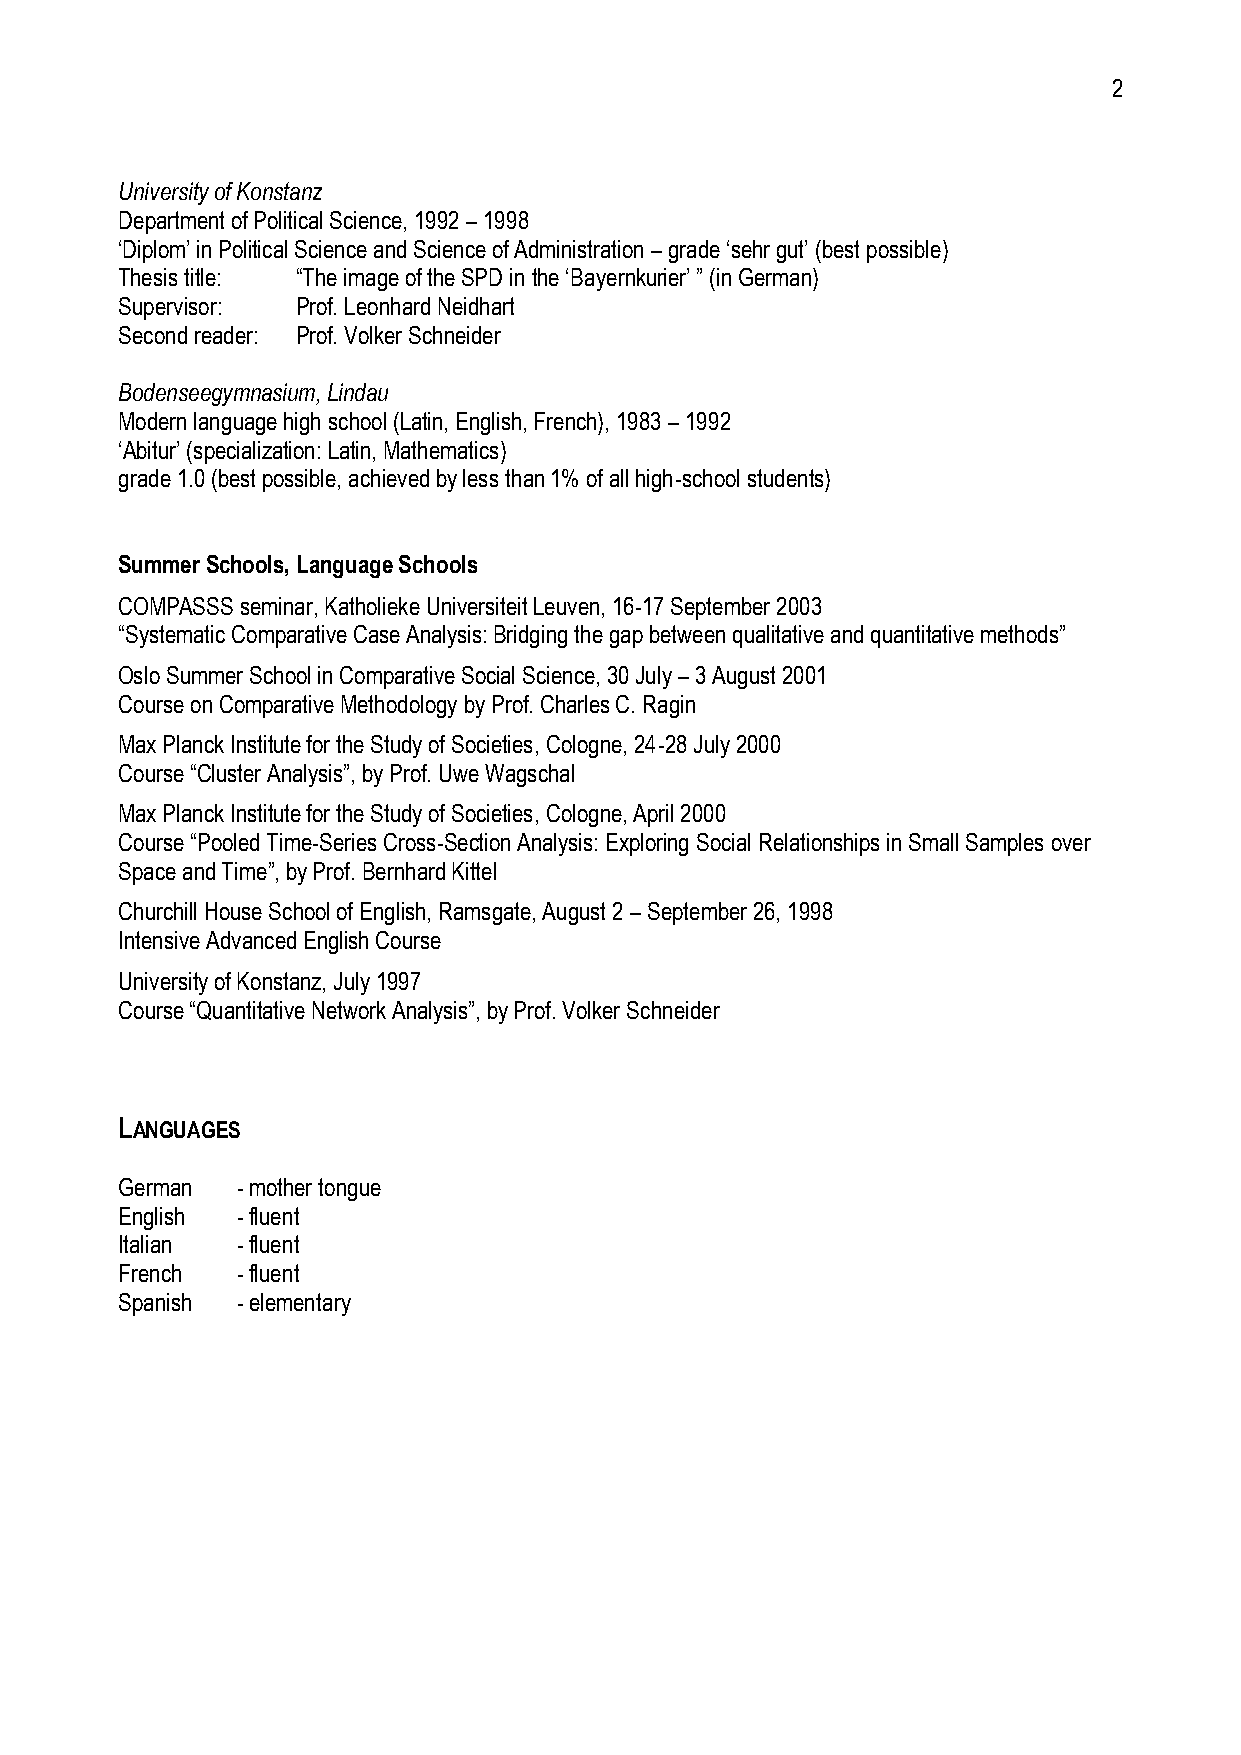
2
 University of Konstanz
 Department of Political Science, 1992 – 1998
 ‘Diplom’ in Political Science and Science of Administration – grade ‘sehr gut’ (best possible)
 Thesis title: “The image of the SPD in the ‘Bayernkurier’ ” (in German)
 Supervisor: Prof. Leonhard Neidhart
 Second reader: Prof. Volker Schneider
 Bodenseegymnasium, Lindau
 Modern language high school (Latin, English, French), 1983 – 1992
 ‘Abitur’ (specialization: Latin, Mathematics)
 grade 1.0 (best possible, achieved by less than 1% of all high-school students)
 Summer Schools, Language Schools
 COMPASSS seminar, Katholieke Universiteit Leuven, 16-17 September 2003
 “Systematic Comparative Case Analysis: Bridging the gap between qualitative and quantitative methods”
 Oslo Summer School in Comparative Social Science, 30 July – 3 August 2001
 Course on Comparative Methodology by Prof. Charles C. Ragin
 Max Planck Institute for the Study of Societies, Cologne, 24-28 July 2000
 Course “Cluster Analysis”, by Prof. Uwe Wagschal
 Max Planck Institute for the Study of Societies, Cologne, April 2000
 Course “Pooled Time-Series Cross-Section Analysis: Exploring Social Relationships in Small Samples over
 Space and Time”, by Prof. Bernhard Kittel
 Churchill House School of English, Ramsgate, August 2 – September 26, 1998
 Intensive Advanced English Course
 University of Konstanz, July 1997
 Course “Quantitative Network Analysis”, by Prof. Volker Schneider
 LANGUAGES
 German  - mother tongue
 English - fluent
 Italian - fluent
 French  - fluent
 Spanish - elementary